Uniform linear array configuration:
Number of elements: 12
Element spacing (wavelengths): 1
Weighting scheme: uniform
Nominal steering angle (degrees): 30
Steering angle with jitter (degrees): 28.339
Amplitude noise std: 0.05
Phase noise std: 0.05

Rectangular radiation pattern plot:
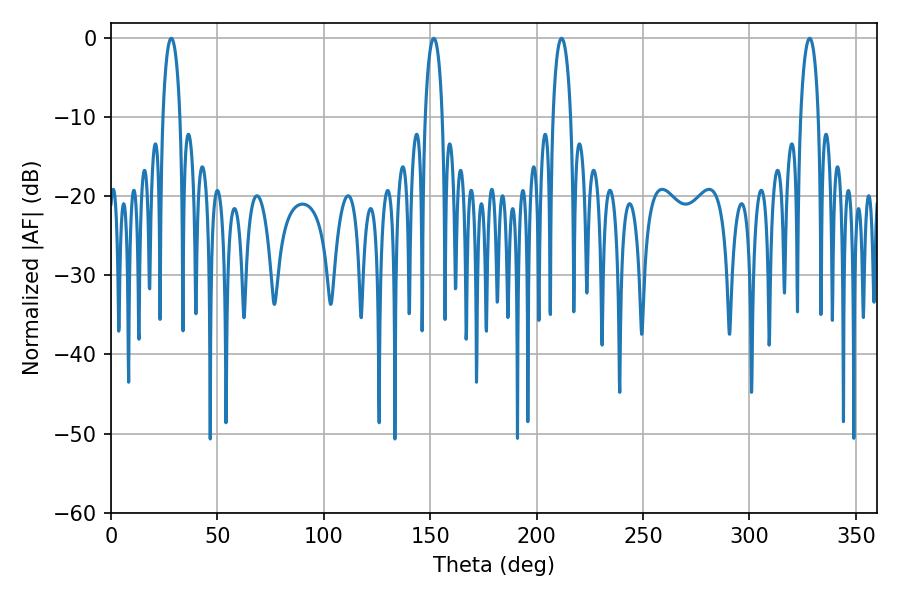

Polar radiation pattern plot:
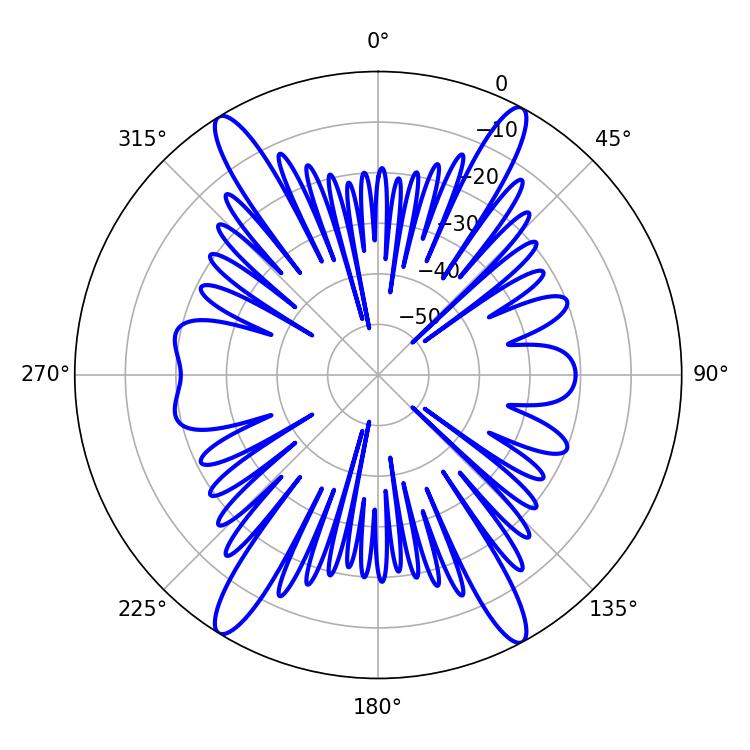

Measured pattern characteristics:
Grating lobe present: TRUE
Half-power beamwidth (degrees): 4.86
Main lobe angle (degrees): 211.68